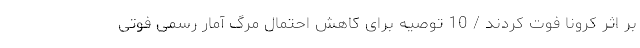
بر اثر کرونا فوت کردند / 10 توصیه برای کاهش احتمال مرگ آمار رسمی فوتی